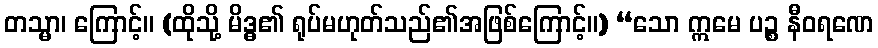
တသ္မာ၊ ကြောင့်။ (ထိုသို့ မိဒ္ဓ၏ ရုပ်မဟုတ်သည်၏အဖြစ်ကြောင့်။) ‘‘သော ဣမေ ပဉ္စ နီဝရဏေ